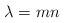
LaTeX: \begin{align*}\lambda = mn\end{align*}